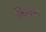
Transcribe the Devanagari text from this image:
जिहासा